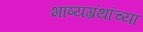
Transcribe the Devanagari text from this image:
भाष्यग्रंथांच्या